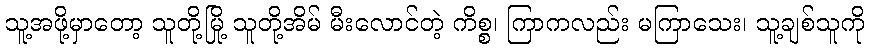
သူ့အဖို့မှာတော့ သူတို့မြို့ သူတို့အိမ် မီးလောင်တဲ့ ကိစ္စ၊ ကြာကလည်း မကြာသေး၊ သူ့ချစ်သူကို